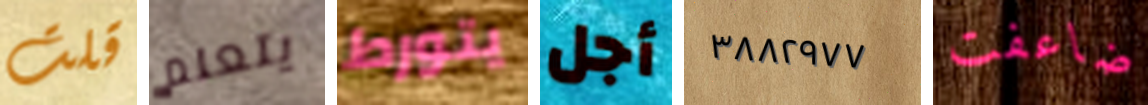
قلت يتعلم يتورط أجل ٣٨٨٢٩٧٧ ضاعفت